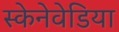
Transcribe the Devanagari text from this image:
स्केनेवेडिया